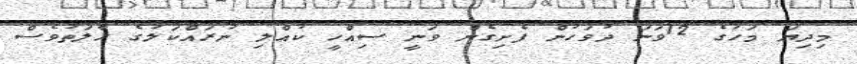
މިދިޔަ މަހުގެ 12ވަނަ ދުވަހުން ފެށިގެން ވަނީ ސިއްހީ ކުއްލި ނުރައްކަލުގެ ހާލަތުވެސް